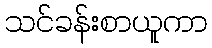
သင်ခန်းစာယူကာ